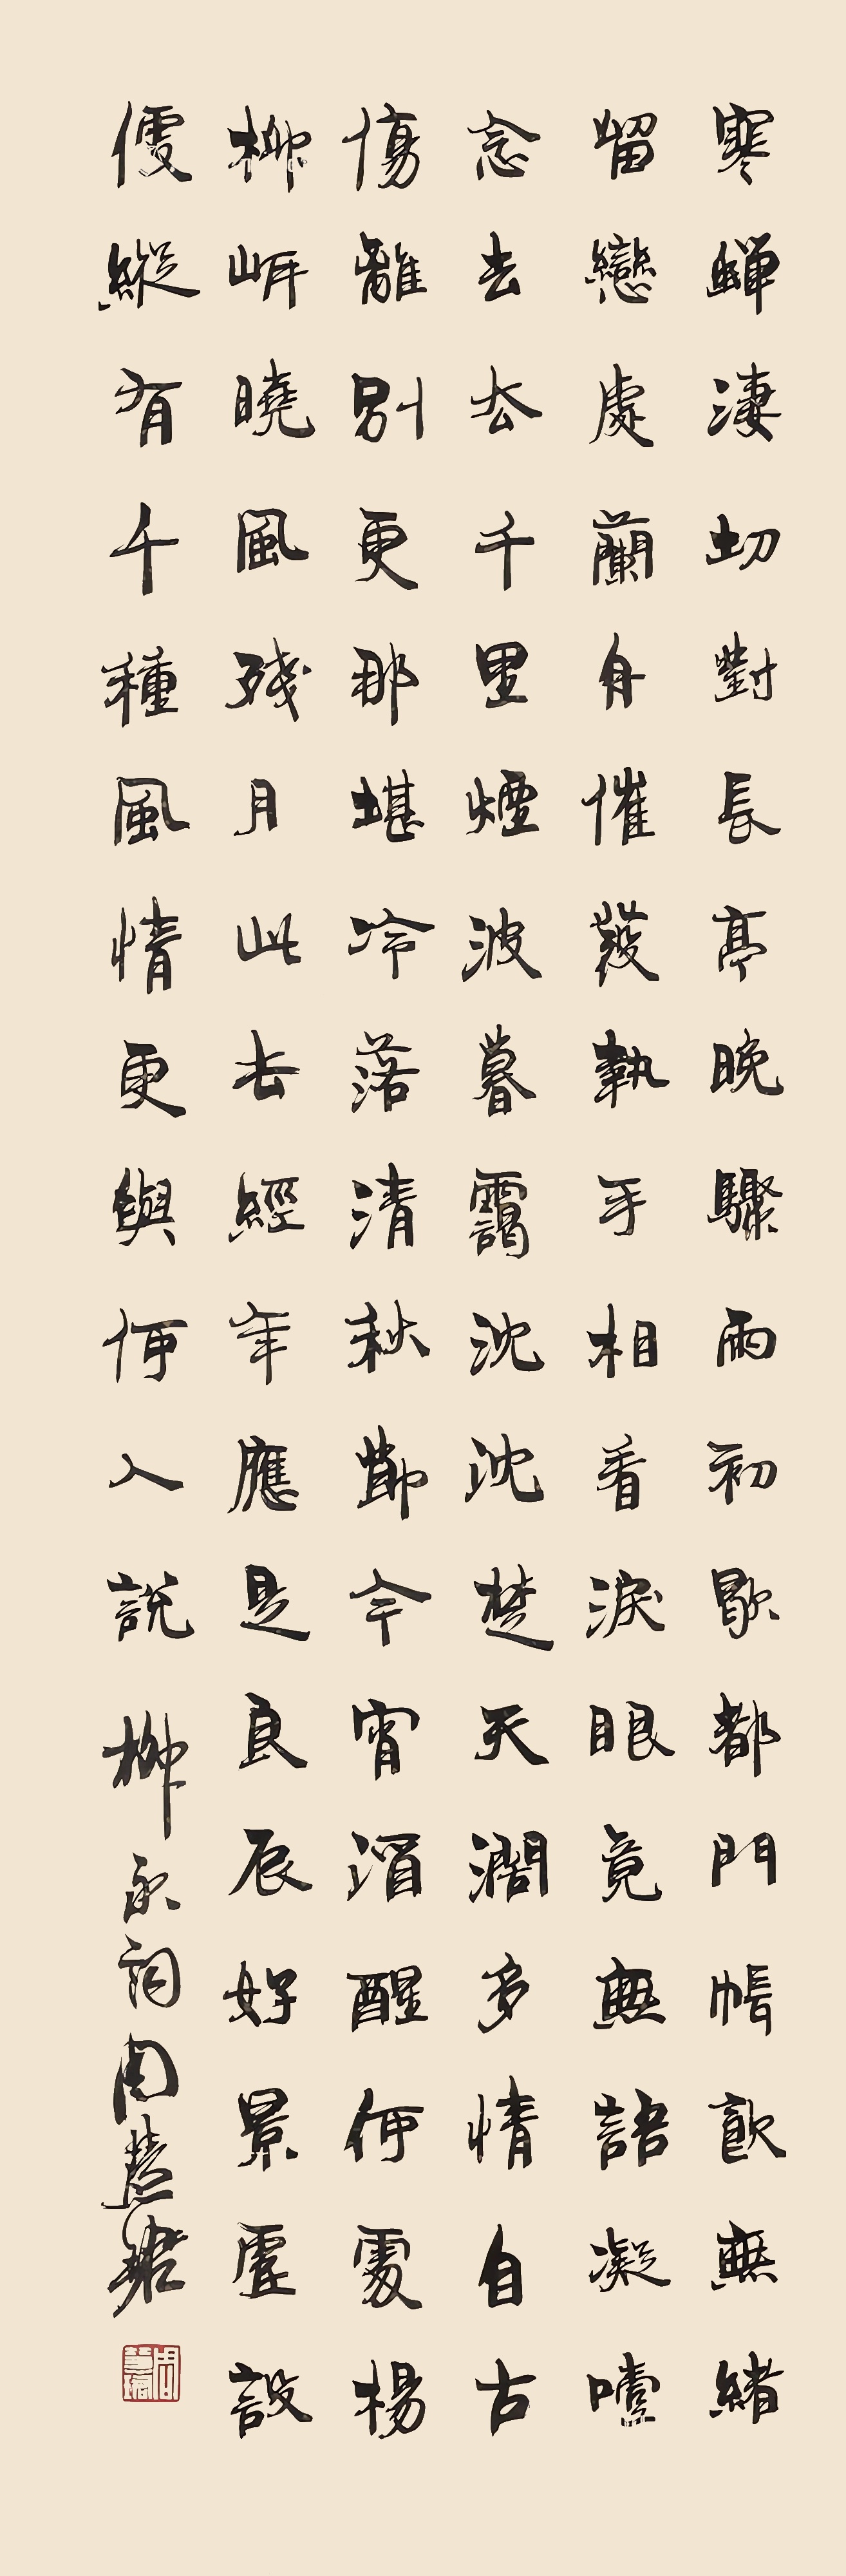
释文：寒蝉凄切，对长亭晚，骤雨初歇。都门帐饮无绪，留恋处，兰舟催发。执手相看泪眼，竟无语凝噎。念去去，千里烟波，暮霭沉沉楚天阔。多情自古伤离别，更那堪，冷落清秋节！今宵酒醒何处？杨柳岸，晓风残月。此去经年，应是良辰好景虚设。便纵有千种风情，更与何人说？柳永词，周慧珺。